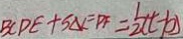
B C D E + S _ { \Delta E P F } = \frac { 1 } { 2 } ( t - b )